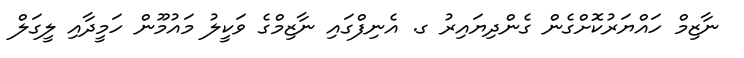
ނާޒިމް ހައްޔަރުކޮށްގެން ގެންދިޔައިރު ގ. އެނިފްގައި ނާޒިމްގެ ވަކީލު މައުމޫން ހަމީދާއި ލީގަލް